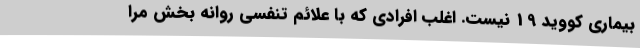
بیماری کووید 19 نیست. اغلب افرادی که با علائم تنفسی روانه بخش مرا